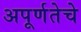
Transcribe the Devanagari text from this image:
अपूर्णतेचे